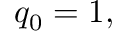
q _ { 0 } = 1 ,